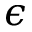
\epsilon